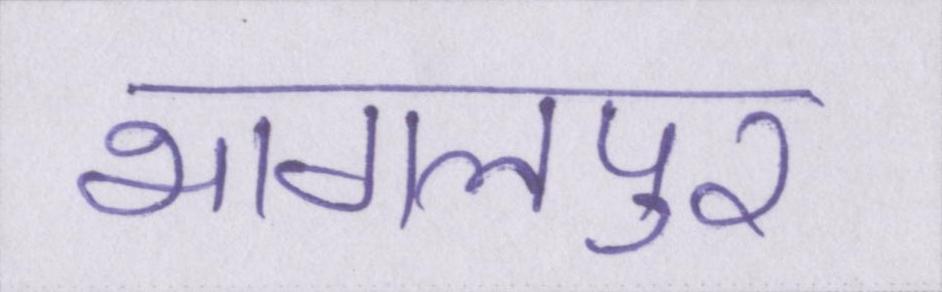
भागलपुर